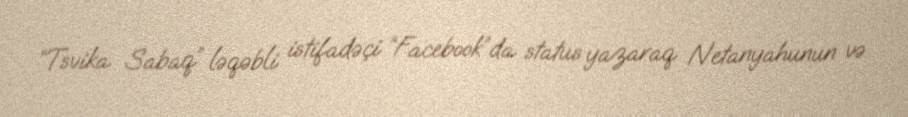
“Tsvika Sabaq” ləqəbli istifadəçi “Facebook”da status yazaraq Netanyahunun və